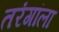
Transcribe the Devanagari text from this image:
तरंगांला